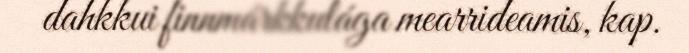
dahkkui finnmárkkulága mearrideamis, kap.